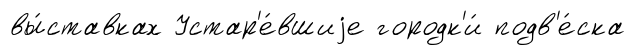
вы́ставках Устар'е́вшиjе городк'и́ подв'е́ска